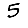
Digit: 5